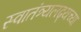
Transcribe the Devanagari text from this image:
स्वातंत्र्यलढ्यच्या